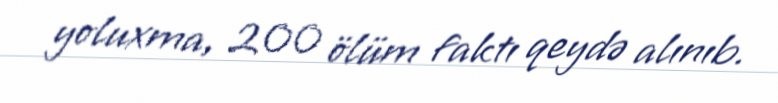
yoluxma, 200 ölüm faktı qeydə alınıb.